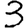
Digit: 3